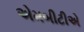
એમબીટીએ